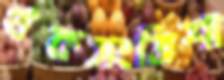
থকসংত্রিশা